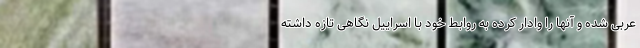
عربی شده و آنها را وادار کرده به روابط خود با اسراییل نگاهی تازه داشته